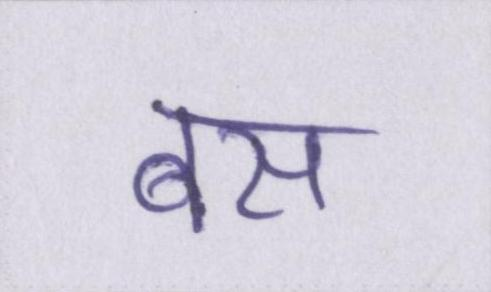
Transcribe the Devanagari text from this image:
बस